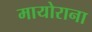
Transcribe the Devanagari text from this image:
मायोराना